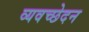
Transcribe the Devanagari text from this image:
व्यवच्छेदन